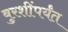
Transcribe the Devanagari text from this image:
बुरशींपर्यंत